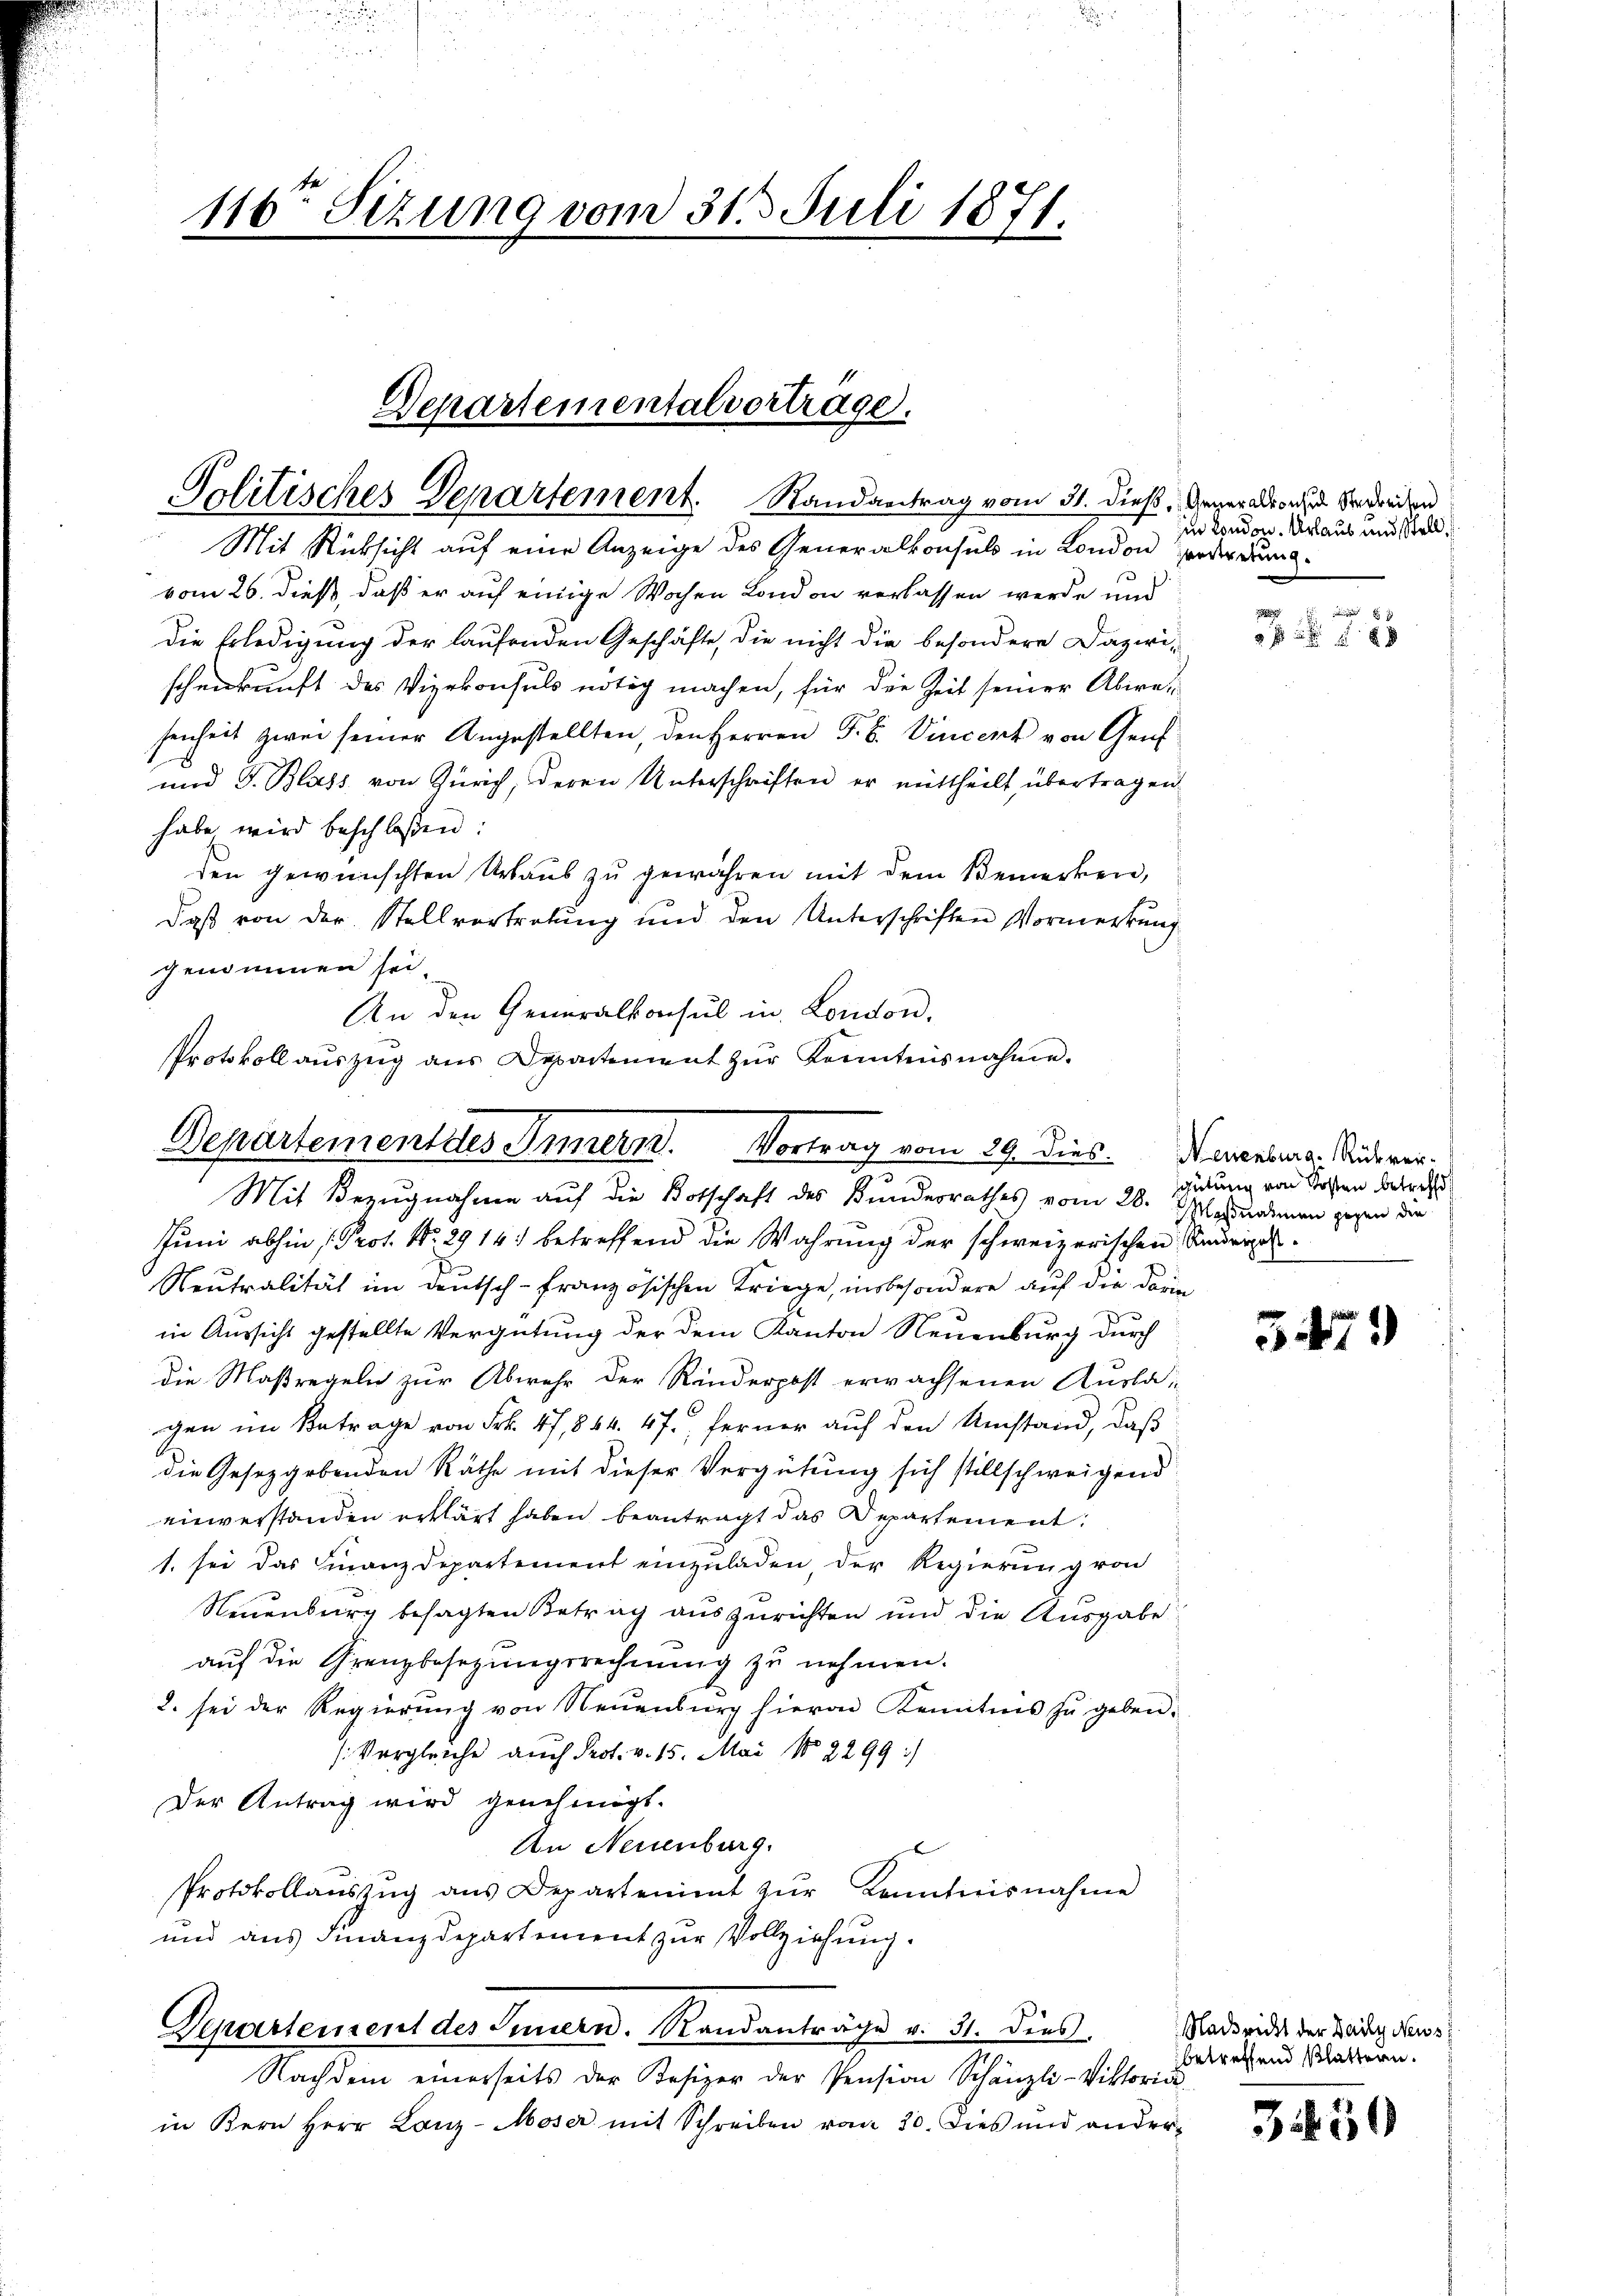
Politisches Departement. Randantrag vom 31. dieß, Generadronen verdreien

116ten Sizung vom 31. Juli 1871.

Departement des Innern. Vortrag vom 29. Dies
Mit Bezugnahme auf die Botschaft des Bundesrathes vom 28. Mosnahmen gegen die

Mit Rücksicht auf eine Anzeige des Generalkonsuls in London forderumvom 26. dieß, daß er auf einige Wochen London verlassen werde und
Die Erledigung der laufenden Geschäfte, die nicht die besondere Dazwi-
schenkunft des Vizekonsuls nötig machen, für die Zeit seiner Abwe-
senheit zwei seiner Angestellten, den Herren F. B. Vincert von Genf
und G. Blass von Zürich, deren Unterschriften er mittheilt, übertragen
habe wird beschloßen:
den gewünschten Urbaus zu gewähren mit dem Bemerken,
daß von der Stellvertretung und den Unterschriften Vormerkung
genommen sei.
An den Generalkonsul in London.
Protokoll aŭszŭg aŭs Departement zŭr Kenntnisnahme.

Departementalvortrage.

Juni abhin (Prot. No. 2914 betreffend die Wahrung der schweizerischen Saurige
Neutralität im Deutsch-französischen Kriege, insbesondere auf die darin
in Aussicht gestellte Vergütung der dem Kanton Neuenburg durch
die Maßregeln zur Abwehr der Rinderpost erwachsenen Auslagen im Betrage von Frk. 47,844. 47. Ferner auf den Umstand, daß
die Gesetzgebenden Räthe mit dieser Vergütung sich stillschweigend
einverstanden erklärt haben beantragt das Departement:
1. sei das Finanzdepartement einzuladen, der Regierung von
Neuenburg besagten Betrag auszurichten und die Ausgabe
aŭf die Grenzbesezungsrechnŭng zŭ nehmen.
2. sei der Regierung von Neuenburg hievon Kenntnis zu geben.
(Vergleiche auch Prot. v. 15. Mai 182299:/
Der Antrag wird genehmigt.
An Neuenburg.
Protokollaŭszŭg ans Departenimt zŭr Kenntnisnahme
und aus Finanzdepartement zur Vollziehung.
Departement des Innern. Randanträge v. 31. dies
Nachdem einerseits der Besizer der Pension Schänzli-Viktoria-
in Kern Herr Lanz-Moser mit Schreiben vom 30. Dies und ander-

in London. Urlaus und Stell

xxx

Neuenburg. Rückverschütung von Kosten betreffe,

347.

Nachricht der Daily Neus
betreffend Blättern.

3.50